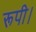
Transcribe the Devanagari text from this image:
रूपी।